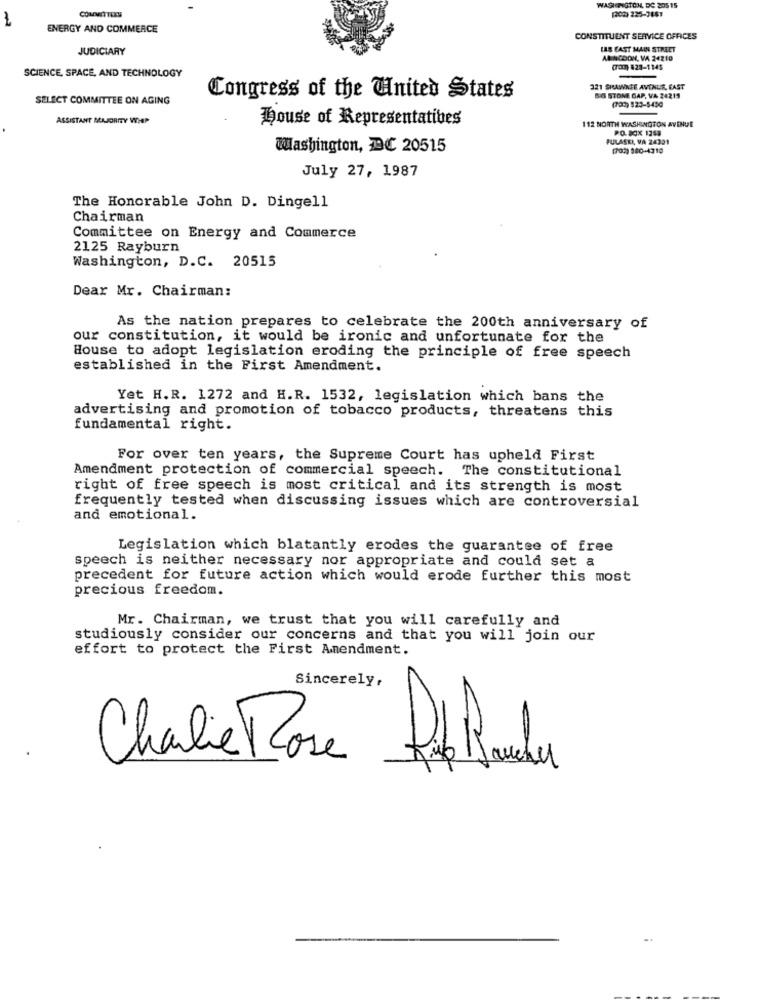
WASHINGTON, DC 205 15
(200) 225-7861
ENERGY AND COMMERCE
CONSTITUENT SERVICE OFFICES
JUDICIARY
LAS EAST MAIN STREET
ABINGDON, VA 24210
SCIENCE, SPACE, AND TECHNOLOGY
(700) 823-1145
321 SHAWNEE AVENUR, EAST
SELECT COMMITTEE ON AGING
Congress of the United States
BSS STONE GAP, VA 26215
(707) 823-5430
ASSISTANT MAJORITY WIEP
House of Representatives
112 NORTH WASHINGTON AVENUE
PO. BOX 1259
PULASKI, VA 24321
Washington, DC 20515
(702) 980-4310
July 27, 1987
The Honorable John D. Dingell
Chairman
Committee on Energy and Commerce
2125 Rayburn
Washington, D.C. 20515
Dear Mr. Chairman:
As the nation prepares to celebrate the 200th anniversary of
our constitution, it would be ironic and unfortunate for the
House to adopt legislation eroding the principle of free speech
established in the First Amendment.
Yet H.R. 1272 and H.R. 1532, legislation which bans the
advertising and promotion of tobacco products, threatens this
fundamental right.
For over ten years, the Supreme Court has upheld First
Amendment protection of commercial speech. The constitutional
right of free speech is most critical and its strength is most
frequently tested when discussing issues which are controversial
and emotional.
Legislation which blatantly erodes the guarantee of free
speech is neither necessary nor appropriate and could set a
precedent for future action which would erode further this most
precious freedom.
Mr. Chairman, we trust that you will carefully and
studiously consider our concerns and that you will join our
effort to protect the First Amendment.
Sincerely,
Charlie Rose Ral Banden